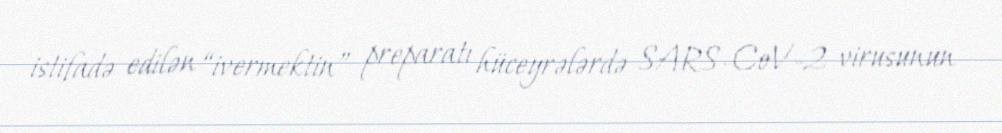
istifadə edilən “ivermektin” preparatı hüceyrələrdə SARS-CoV-2 virusunun